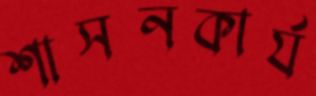
শাসনকার্য